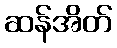
ဆန်အိတ်